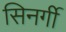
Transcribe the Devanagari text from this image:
सिनर्गी